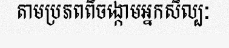
តាមប្រភពពីចង្កោមអ្នកសិល្បៈ